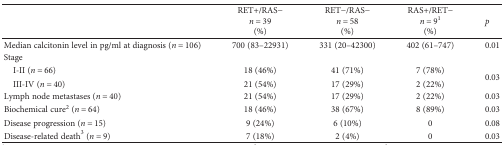
|  | RET+/RAS−n = 39(%) | RET−/RAS−n = 58(%) | RAS+/RET−n = 91(%) | p |
 | --- | --- | --- | --- | --- |
 | Median calcitonin level in pg/ml at diagnosis (n = 106) | 700 (83–22931) | 331 (20–42300) | 402 (61–747) | 0.01 |
 | <COLSPAN=4> Stage |
 | I-II (n = 66) | 18 (46%) | 41 (71%) | 7 (78%) | <ROWSPAN=2> 0.03 |
 | III-IV (n = 40) | 21 (54%) | 17 (29%) | 2 (22%) |
 | Lymph node metastases (n = 40) | 21 (54%) | 17 (29%) | 2 (22%) | 0.03 |
 | Biochemical cure2 (n = 64) | 18 (46%) | 38 (67%) | 8 (89%) | 0.03 |
 | Disease progression (n = 15) | 9 (24%) | 6 (10%) | 0 | 0.08 |
 | Disease-related death3 (n = 9) | 7 (18%) | 2 (4%) | 0 | 0.03 |